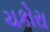
ચકોરા